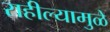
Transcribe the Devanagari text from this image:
राहील्यामुळे